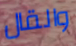
والقال